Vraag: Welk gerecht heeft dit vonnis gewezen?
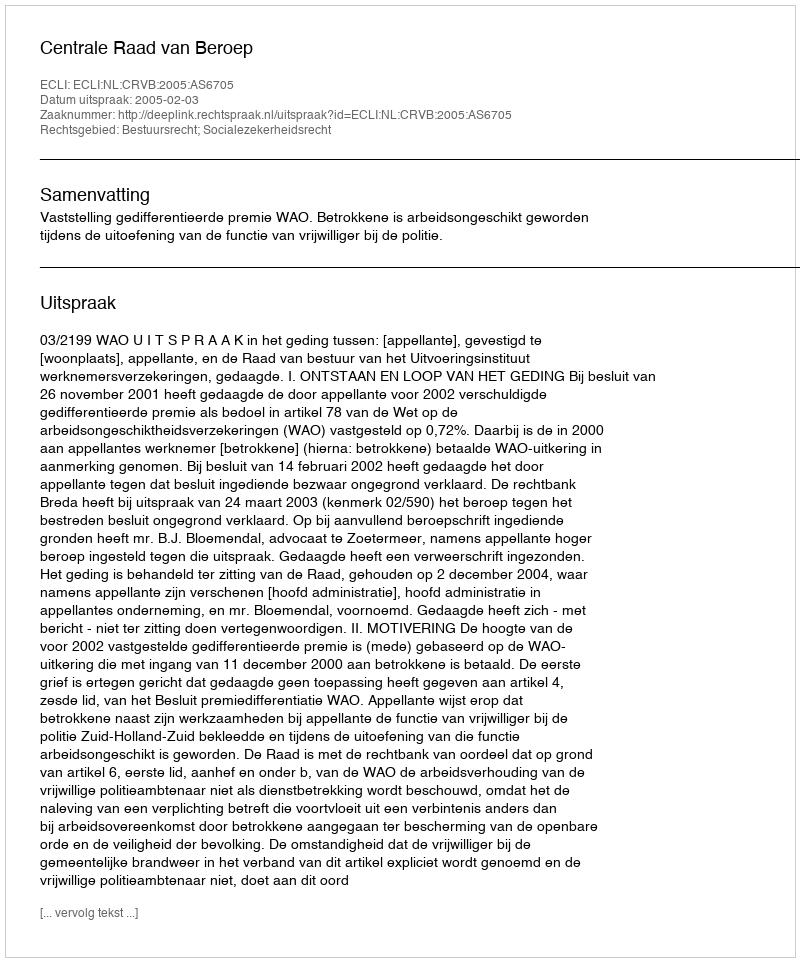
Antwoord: Centrale Raad van Beroep